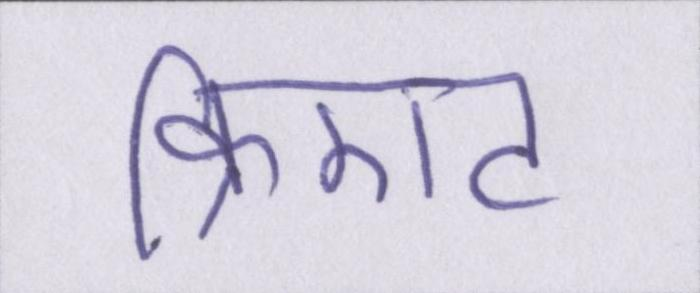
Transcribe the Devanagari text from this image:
क्रिएट